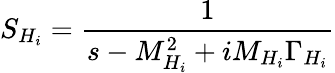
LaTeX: S_{H_{i}}={\frac{1}{s-M_{H_{i}}^{2}+iM_{H_{i}}\Gamma_{H_{i}}}}